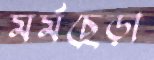
মর্মছেড়া